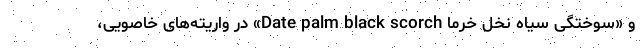
و «سوختگی سیاه نخل خرما Date palm black scorch» در واریته‌های خاصویی،